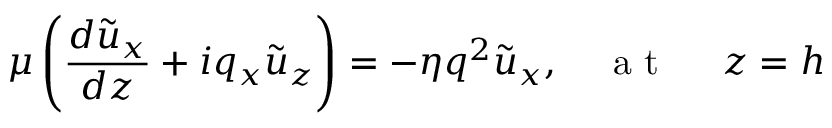
\mu \left( \frac { d \tilde { u } _ { x } } { d z } + i q _ { x } \tilde { u } _ { z } \right) = - \eta q ^ { 2 } \tilde { u } _ { x } , \quad \mathrm { ~ a ~ t ~ \ } \quad z = h